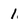
Character: 1